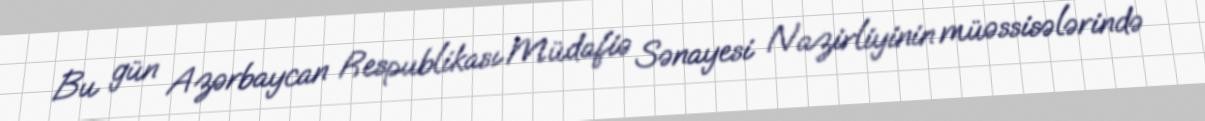
Bu gün Azərbaycan Respublikası Müdafiə Sənayesi Nazirliyinin müəssisələrində